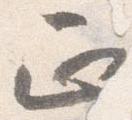
正